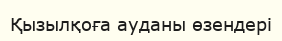
Қызылқоға ауданы өзендері